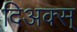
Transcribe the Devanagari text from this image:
दिअक्स्